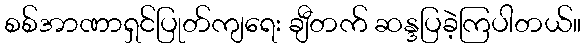
စစ်အာဏာရှင်ပြုတ်ကျရေး ချီတက် ဆန္ဒပြခဲ့ကြပါတယ်။